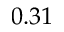
0 . 3 1